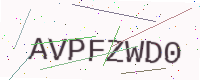
Text: AVPFZWD0